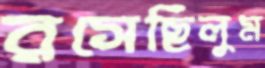
রসেছিলুম